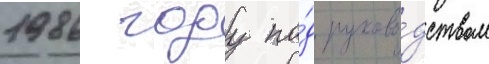
1986 году по́д руково́дством